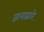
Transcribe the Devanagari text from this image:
ज्ञानाद्वारे